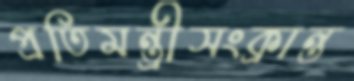
প্রতিমন্ত্রীসংক্রান্ত